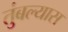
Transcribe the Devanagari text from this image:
तुंबल्यास